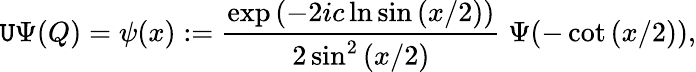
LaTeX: \mathtt{U}\Psi(Q)=\psi(x):=\frac{{\exp{(-2ic\ln\sin{(x/2)})}}}{{2\sin^{2}{(x/2)}}}\; \Psi(-\cot{(x/2)}),